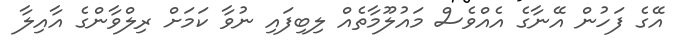
އޭގެ ފަހުން އޭނާގެ އެއްވެސް މައުލޫމާތެއް ލިބިފައި ނުވާ ކަމަށް ރިލްވާންގެ އާއިލާ